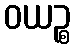
ဝယဉ္စ